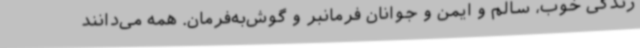
زندگی خوب، سالم و ایمن و جوانان فرمانبر و گوش‌به‌فرمان. همه می‌دانند